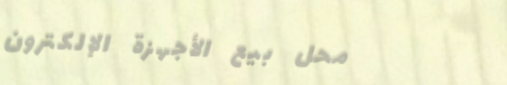
محل بيع الأجهزة الإلكترون